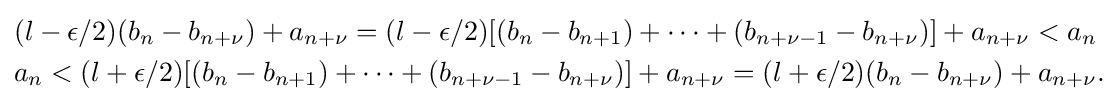
{\begin{aligned}&(l-\epsilon /2)(b_{n}-b_{n+\nu })+a_{n+\nu }=(l-\epsilon /2)[(b_{n}-b_{n+1})+\dots +(b_{n+\nu -1}-b_{n+\nu })]+a_{n+\nu }<a_{n}\\&a_{n}<(l+\epsilon /2)[(b_{n}-b_{n+1})+\dots +(b_{n+\nu -1}-b_{n+\nu })]+a_{n+\nu }=(l+\epsilon /2)(b_{n}-b_{n+\nu })+a_{n+\nu }.\end{aligned}}